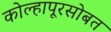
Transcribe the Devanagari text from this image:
कोल्हापूरसोबत